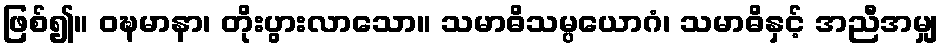
ဖြစ်၍။ ဝဍ္ဎမာနာ၊ တိုးပွားလာသော။ သမာဓိသမ္ပယောဂံ၊ သမာဓိနှင့် အညီအမျှ